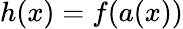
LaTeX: h(x)=f(a(x))